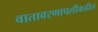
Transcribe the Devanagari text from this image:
वातावरणापलीकडील